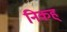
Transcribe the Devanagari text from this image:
निकह्